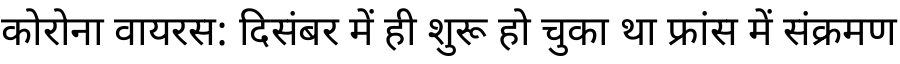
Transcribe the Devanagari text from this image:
कोरोना वायरस: दिसंबर में ही शुरू हो चुका था फ्रांस में संक्रमण